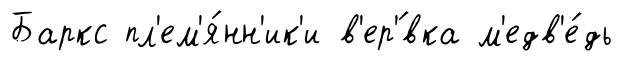
Баркс пл'ем'я́нн'ик'и в'ер'́вка м'едв'е́дь